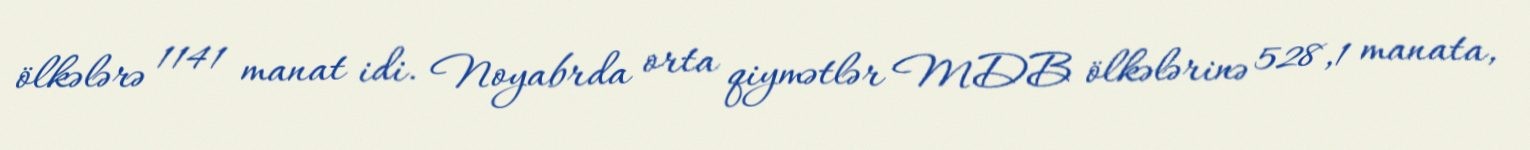
ölkələrə 1141 manat idi. Noyabrda orta qiymətlər MDB ölkələrinə 528,1 manata,